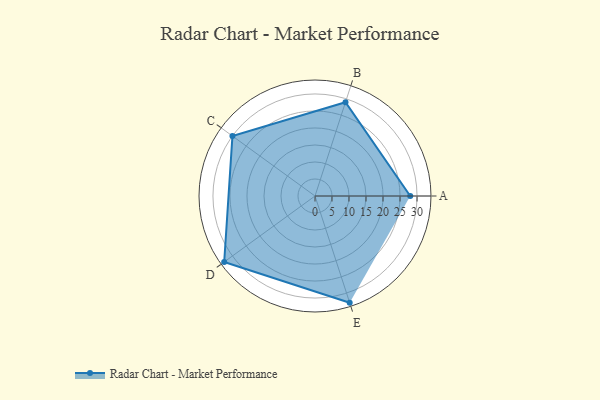
{"axis": {"x": "Skill", "y": "Score"}, "legend": ["Profile"], "data": [{"x": "A", "y": 28.0, "type": "Profile"}, {"x": "B", "y": 29.0, "type": "Profile"}, {"x": "C", "y": 30.0, "type": "Profile"}, {"x": "D", "y": 33.0, "type": "Profile"}, {"x": "E", "y": 33.0, "type": "Profile"}]}